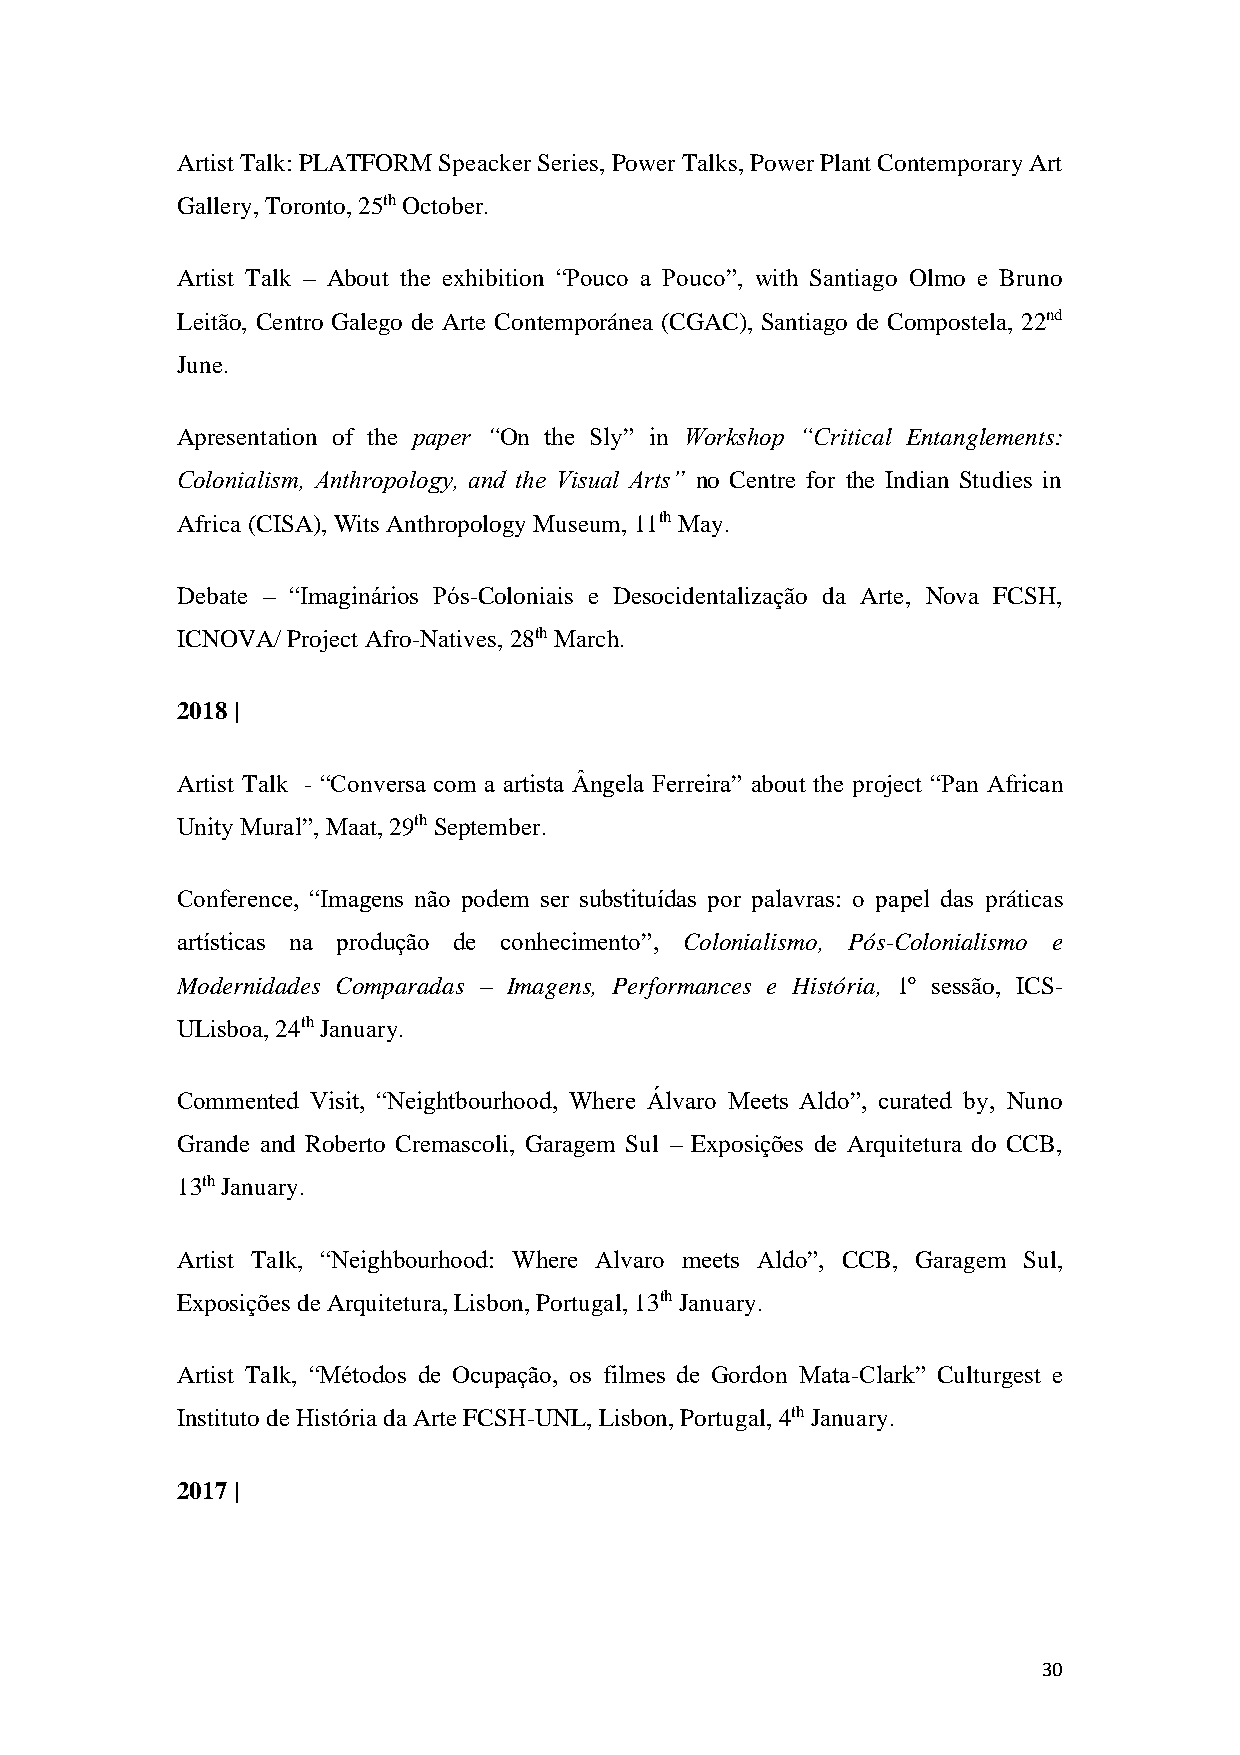
Artist Talk: PLATFORM Speacker Series, Power Talks, Power Plant Contemporary Art
 Gallery, Toronto, 25th October.
 Artist Talk – About the exhibition “Pouco a Pouco”, with Santiago Olmo e Bruno
 Leitão, Centro Galego de Arte Contemporánea (CGAC), Santiago de Compostela, 22nd
 June.
 Apresentation of the paper “On the Sly” in Workshop “Critical Entanglements:
 Colonialism, Anthropology, and the Visual Arts” no Centre for the Indian Studies in
 Africa (CISA), Wits Anthropology Museum, 11th May.
 Debate – “Imaginários Pós-Coloniais e Desocidentalização da Arte, Nova FCSH,
 ICNOVA/ Project Afro-Natives, 28th March.
 2018 |
 Artist Talk - “Conversa com a artista Ângela Ferreira” about the project “Pan African
 Unity Mural”, Maat, 29th September.
 Conference, “Imagens não podem ser substituídas por palavras: o papel das práticas
 artísticas na produção de conhecimento”, Colonialismo, Pós-Colonialismo e
 Modernidades Comparadas – Imagens, Performances e História, 1º sessão, ICS-
 ULisboa, 24th January.
 Commented Visit, “Neightbourhood, Where Álvaro Meets Aldo”, curated by, Nuno
 Grande and Roberto Cremascoli, Garagem Sul – Exposições de Arquitetura do CCB,
 13th January.
 Artist Talk, “Neighbourhood: Where Alvaro meets Aldo”, CCB, Garagem Sul,
 Exposições de Arquitetura, Lisbon, Portugal, 13th January.
 Artist Talk, “Métodos de Ocupação, os filmes de Gordon Mata-Clark” Culturgest e
 Instituto de História da Arte FCSH-UNL, Lisbon, Portugal, 4th January.
 2017 |
 30